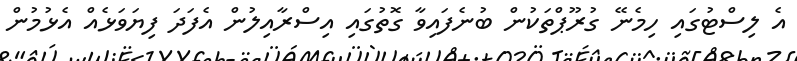
އެ ލިސްޓުގައި ހިމެނޭ ގުރޫޕްތަކުން ބުނެފައިވާ ގޮތުގައި އިސްރާއިލުން އެފަދަ ފިޔަވަޅެއް އެޅުމުން